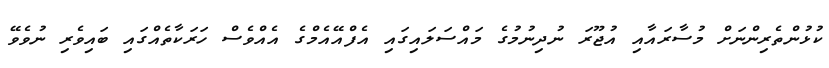
ކުޅުންތެރިންނަށް މުސާރައާއި އުޖޫރަ ނުދިނުމުގެ މައްސަލައިގައި އެފްއޭއެމްގެ އެއްވެސް ހަރަކާތެއްގައި ބައިވެރި ނުވެވޭ